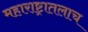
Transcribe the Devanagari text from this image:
महाराष्ट्रातलाच